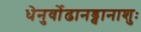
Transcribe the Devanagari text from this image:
धेनुर्वोढानड्वानाशुः